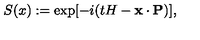
S ( x ) : = \exp [ - i ( t H - { \bf x } \cdot { \bf P } ) ] ,